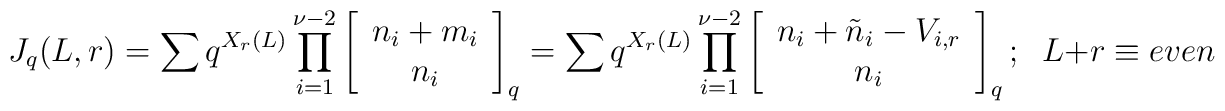
J_q(L,r)=\sum q^{X_r(L)}\prod_{i=1}^{\nu-2}\left[\begin{array}{c}n_i+m_i \\ n_i \end{array}\right]_q=\sum q^{X_r(L)}\prod_{i=1}^{\nu-2}\left[\begin{array}{c}n_i+\tilde{n}_i-V_{i,r} \\ n_i \end{array}\right]_q ;\;\; L+r\equiv even \;\;